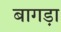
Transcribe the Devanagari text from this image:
बागड़ा